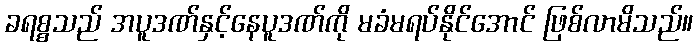
ခရစ္စသည် အပူဒဏ်နှင့်နေပူဒဏ်ကို မခံမရပ်နိုင်အောင် ဖြစ်လာမိသည်။